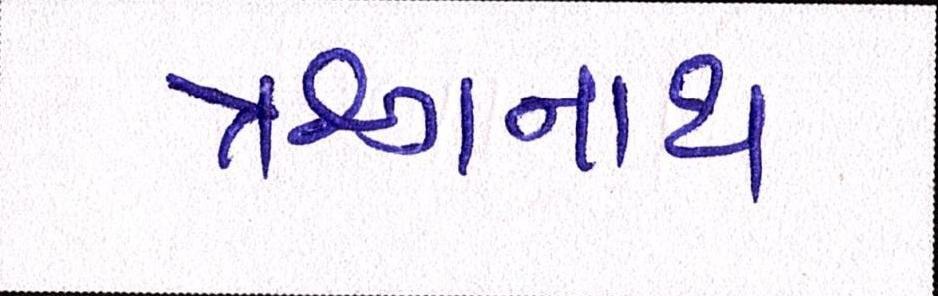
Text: ઋગનાથ